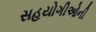
સહયોગીઓની